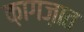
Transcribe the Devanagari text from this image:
क़ागज़ात